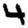
Digit: 4